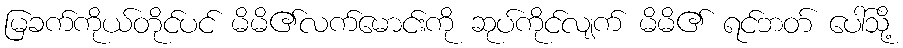
မြခက်ကိုယ်တိုင်ပင် မိမိ၏လက်မောင်းကို ဆုပ်ကိုင်လျက် မိမိ၏ ရင်ဘတ် ပေါ်သို့